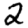
Digit: 2